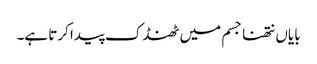
بایاں نتھنا جسم میں ٹھنڈک پیدا کرتا ہے۔